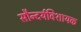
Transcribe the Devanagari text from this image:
सौन्दर्यविशायक